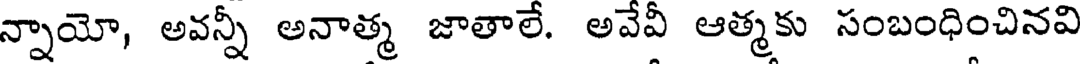
న్నాయో, అవన్నీ అనాత్మ జాతాలే. అవేవీ ఆత్మకు సంబంధించినవి